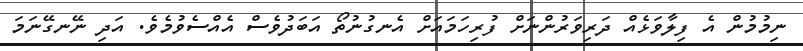
ނިމުމުން އެ ފިލާވަޅެއް ދަރިވަރުންނަށް ފުރިހަމައަށް އެނގުނުތޯ އަބަދުވެސް އެއްސެވުމެވެ. އަދި ނޭނގޭނަމަ